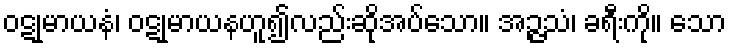
ဝဋုမာယနံ၊ ဝဋုမာယနဟူ၍လည်းဆိုအပ်သော။ အဉ္ဇသံ၊ ခရီးကို။ သော